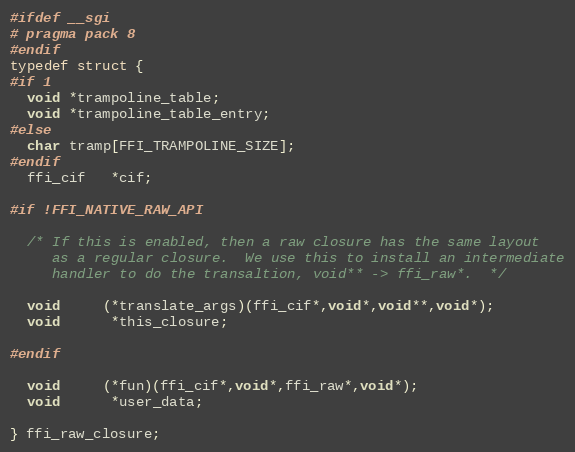
Language: C
#ifdef __sgi
# pragma pack 8
#endif
typedef struct {
#if 1
  void *trampoline_table;
  void *trampoline_table_entry;
#else
  char tramp[FFI_TRAMPOLINE_SIZE];
#endif
  ffi_cif   *cif;

#if !FFI_NATIVE_RAW_API

  /* If this is enabled, then a raw closure has the same layout
     as a regular closure.  We use this to install an intermediate
     handler to do the transaltion, void** -> ffi_raw*.  */

  void     (*translate_args)(ffi_cif*,void*,void**,void*);
  void      *this_closure;

#endif

  void     (*fun)(ffi_cif*,void*,ffi_raw*,void*);
  void      *user_data;

} ffi_raw_closure;